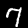
Label: 7